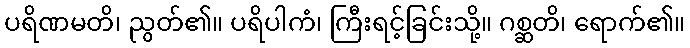
ပရိဏမတိ၊ ညွတ်၏။ ပရိပါကံ၊ ကြီးရင့်ခြင်းသို့။ ဂစ္ဆတိ၊ ရောက်၏။